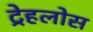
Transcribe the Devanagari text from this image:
ट्रेहलोस